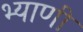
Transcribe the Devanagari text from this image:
भ्याणी